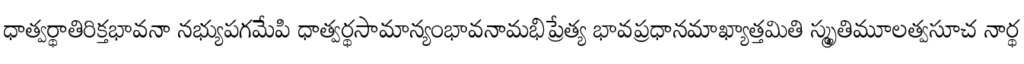
ధాత్వర్థాతిరిక్తభావనా నభ్యుపగమేపి ధాత్వర్థసామాన్యంభావనామభిప్రేత్య భావప్రధానమాఖ్యాత్తమితి స్మృతిమూలత్వసూచ నార్థ